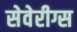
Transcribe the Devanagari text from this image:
सेवेरीग्स